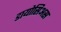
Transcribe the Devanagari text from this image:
डायोसिअस